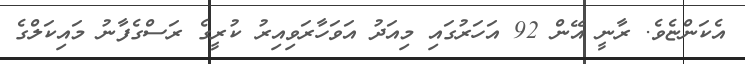
އެކަންޏެވެ. ރާނީ އޭން 92 އަހަރުގައި މިއަދު އަވަހާރަވިއިރު ކުރީގެ ރަސްގެފާނު މައިކަލްގެ